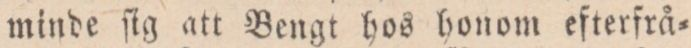
minde ſig att Bengt hos honom efterfrå=